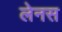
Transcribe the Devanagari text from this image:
लेनस